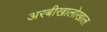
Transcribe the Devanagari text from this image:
अरबीखालोखाल